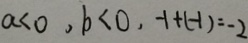
a < 0 . , b < 0 , - 1 + ( - 1 ) = - 2